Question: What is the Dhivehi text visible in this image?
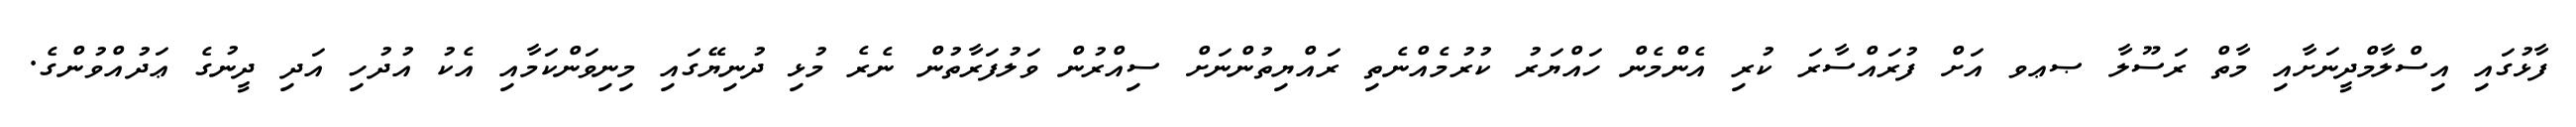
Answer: ފާޅުގައި އިސްލާމްދީނަށާއި މާތް ރަސޫލާ ޞޢވ އަށް ފުރައްސާރަ ކުރި އެންމެން ހައްޔަރު ކުރުމެއްނެތި ރައްޔިތުންނަށް ސިއްރުން ވަލުފަރާތުން ނެރެ މުޅި ދުނިޔޭގައި މިނިވަންކަމާއި އެކު އުދުހި އަދި ދީނުގެ ޢަދުއްވުންގެ.